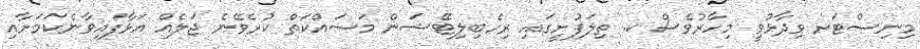
މިނިސްޓަރ ވިދާޅުވީ މިހާރުވެސް ކ. ތިލަފުށީގައި ރިހެބިލިޓޭޝަން މަސައްކަތް ކުރެވޭނެ ޖަލެއް އަޅާފައިވާނެކަމަށާއި